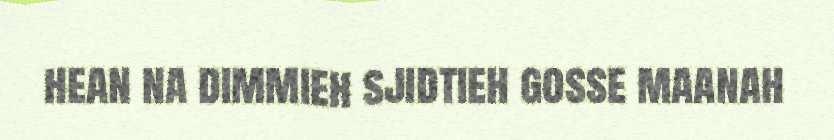
hean na dimmieh sjidtieh gosse maanah